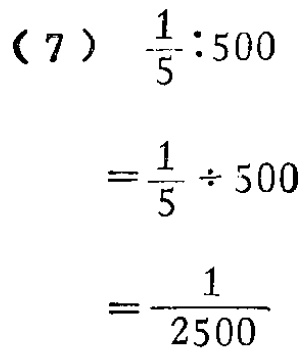
\[

\begin{align*}

&(7)\quad\frac{1}{5}:500\\

&=\frac{1}{5}\div500\\

&=\frac{1}{2500}

\end{align*}

\]